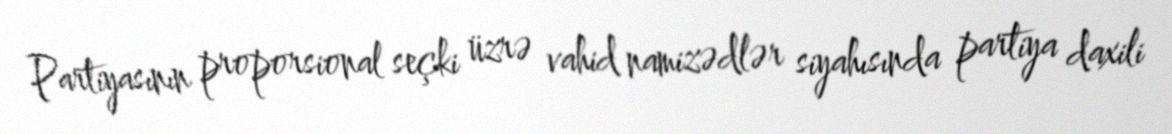
Partiyasının proporsional seçki üzrə vahid namizədlər siyahısında partiya daxili